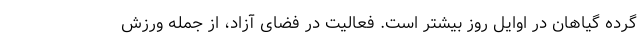
گرده گیاهان در اوایل روز بیشتر است. فعالیت در فضای آزاد، از جمله ورزش